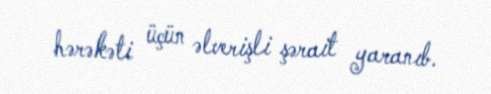
hərəkəti üçün əlverişli şərait yaranıb.